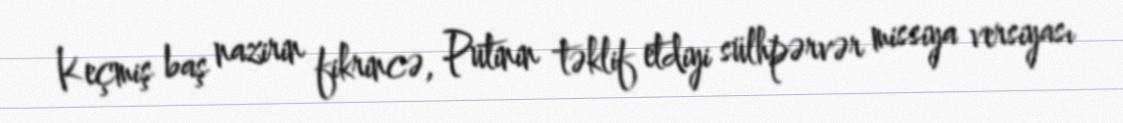
Keçmiş baş nazirin fikrincə, Putinin təklif etdiyi sülhpərvər missiya versiyası